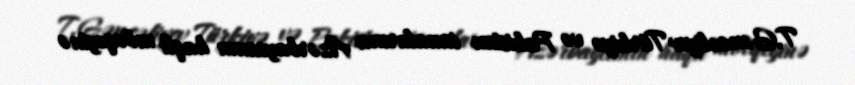
T.Gəncəliyev Türkiyə və Pakistan icmalarına Azərbaycanın haqlı mövqeyinə